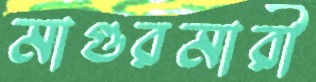
মাগুরমারী